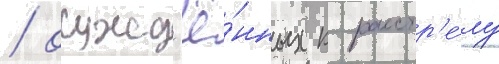
/ осужд'ё́нных к расстр'е́лу